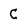
Character: C